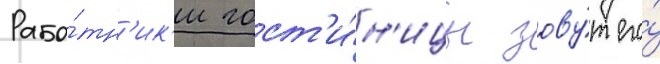
Рабо́тн'ик'и гост'и́н'ицы зову́т его́